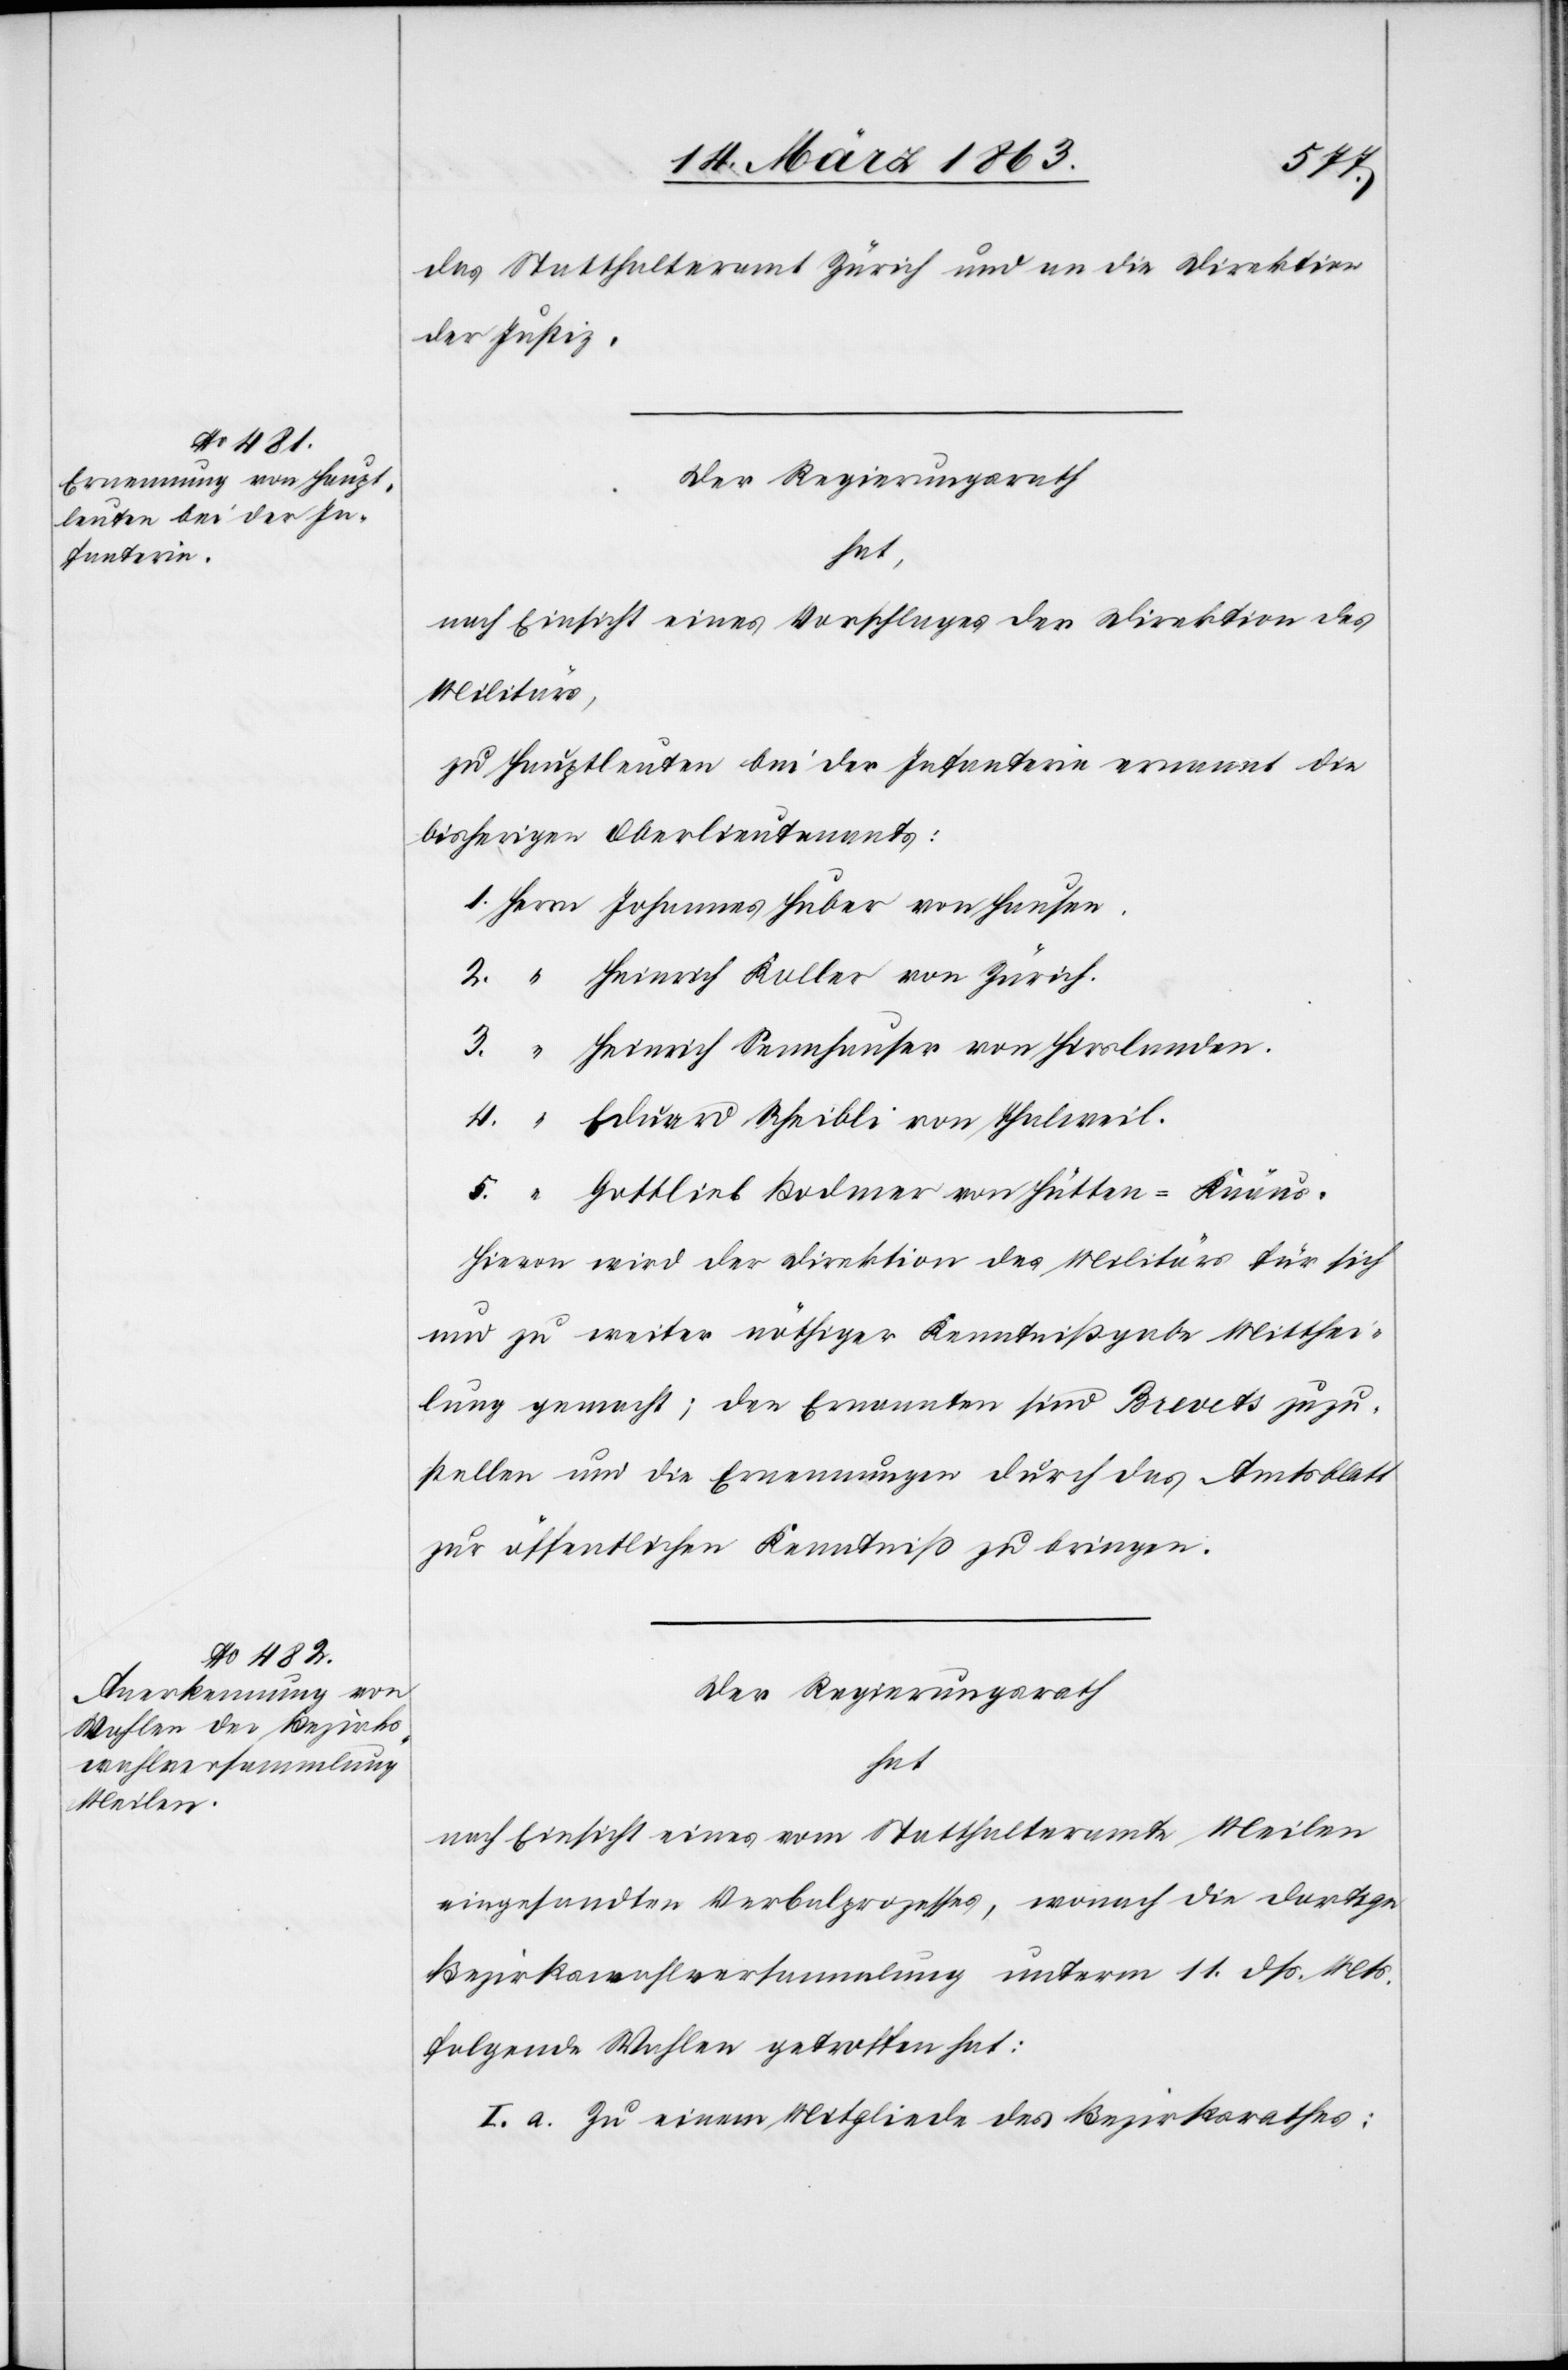
das Statthalteramt Zürich und an die Direktion
der Justiz.
Der Regierungsrath
hat,
nach Einsicht eines Vorschlages der Direktion des
Militärs,
zu Hauptleuten bei der Infanterie ernannt die
bisherigen Oberlieutenants:
1. Herrn Johannes Huber von Hausen.
2.	“	 Heinrich Koller von Zürich.
3.	“	 Heinrich Sennhauser von Hirslanden.
4.	“	 Eduard Scheibli von Thalweil.
5.	“	 Gottleib Bodmer von Hütten-Knäus.
Hievon wird der Direktion des Militärs für sich
und zu weiter nöthiger Kenntnißgabe Mitthei¬
lung gemacht; den Ernannten sind Brevets zuzu¬
stellen und die Ernennungen durch das Amtsblatt
zur öffentlichen Kenntniß zu bringen.
Der Regierungsrath
hat
nach Einsicht eines vom Statthalteramte Meilen
eingesandten Verbalprozesses, wonach die dortige
Bezirkswahlversammlung unterm 11. dß. Mts.
folgende Wahlen getroffen hat:
I. a. Zu einem Mitgliede des Bezirksrathes: